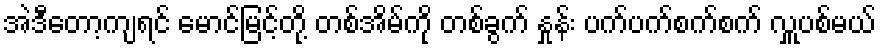
အဲဒီတော့ကျရင် မောင်မြင့်တို့ တစ်အိမ်ကို တစ်ခွက် နှုန်း ပက်ပက်စက်စက် လှူပစ်မယ်